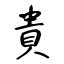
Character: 貴